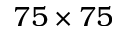
7 5 \times 7 5